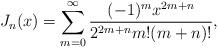
LaTeX: \begin{align*} J_n(x)=\sum_{m=0}^{\infty}\frac{(-1)^mx^{2m+n}}{2^{2m+n}m!(m+n)!},\end{align*}